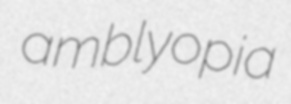
amblyopia